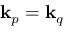
\ensuremath { \mathbf { k } } _ { p } = \ensuremath { \mathbf { k } } _ { q }